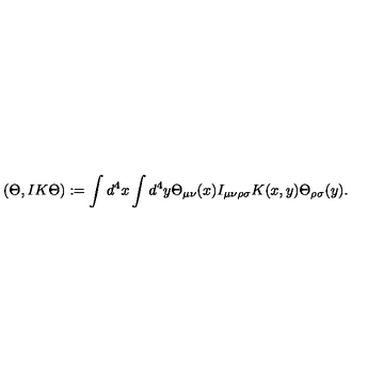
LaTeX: ( \Theta , I K \Theta ) : = \int d ^ { 4 } x \int d ^ { 4 } y \Theta _ { \mu \nu } ( x ) I _ { \mu \nu \rho \sigma } K ( x , y ) \Theta _ { \rho \sigma } ( y ) .